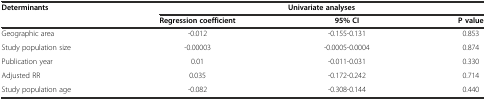
<table><thead><tr><td><b>Determinants</b></td><td colspan="3"><b>Univariate analyses</b></td></tr><tr><td></td><td><b>Regression coefficient</b></td><td><b>95% CI</b></td><td><b>P value</b></td></tr></thead><tbody><tr><td>Geographic area</td><td>-0.012</td><td>-0.155-0.131</td><td>0.853</td></tr><tr><td>Study population size</td><td>-0.00003</td><td>-0.0005-0.0004</td><td>0.874</td></tr><tr><td>Publication year</td><td>0.01</td><td>-0.011-0.031</td><td>0.330</td></tr><tr><td>Adjusted RR</td><td>0.035</td><td>-0.172-0.242</td><td>0.714</td></tr><tr><td>Study population age</td><td>-0.082</td><td>-0.308-0.144</td><td>0.440</td></tr></tbody></table>